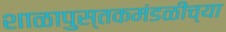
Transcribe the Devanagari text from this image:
शाळापुस्तकमंडळीच्या